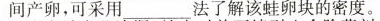
间产卵，可采用____法了解该蛙卵块的密度。